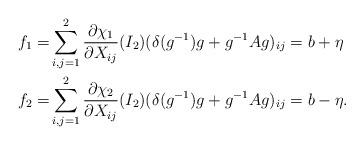
LaTeX: \begin{align*}f_1=&\sum_{i,j=1}^2 \frac{\partial \chi_1}{\partial X_{ij}}(I_2)(\delta(g^{-1})g+g^{-1}A g)_{ij}=b+\eta \\f_2=&\sum_{i,j=1}^2 \frac{\partial \chi_2}{\partial X_{ij}}(I_2)(\delta(g^{-1})g+g^{-1}A g)_{ij}=b-\eta.\end{align*}